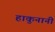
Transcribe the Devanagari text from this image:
हाकुनानी